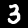
Digit: 3